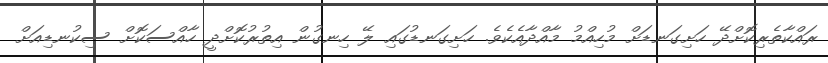
ރައްކާތެރިކޮށްދޭ ހަށިގަނޑަށް މުހިއްމު މާއްދާއެކެވެ. ހަށިގަނޑުގައި ލޭ ހިނގުން އިތުރުކޮށްދީ ހާއްސަކޮށް ސިކުނޑިއަށް